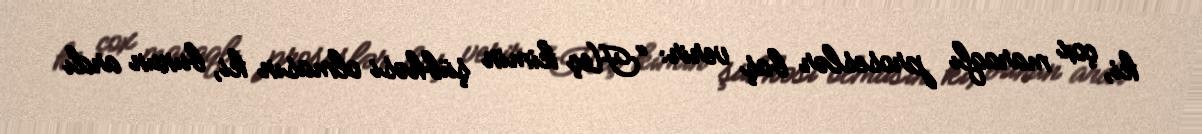
ki, çox maraqlı proseslər baş verir: “Heç kimin şübhəsi olmasın ki, bunun ardı